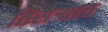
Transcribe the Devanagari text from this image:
तिसर्‍याच